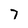
Character: 7